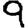
Digit: 9